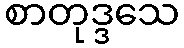
စာတုဒ္ဒသေ